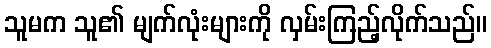
သူမက သူ၏ မျက်လုံးများကို လှမ်းကြည့်လိုက်သည်။